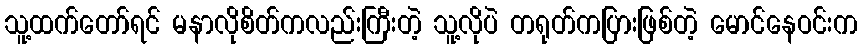
သူ့ထက်တော်ရင် မနာလိုစိတ်ကလည်းကြီးတဲ့ သူ့လိုပဲ တရုတ်ကပြားဖြစ်တဲ့ မောင်နေဝင်းက